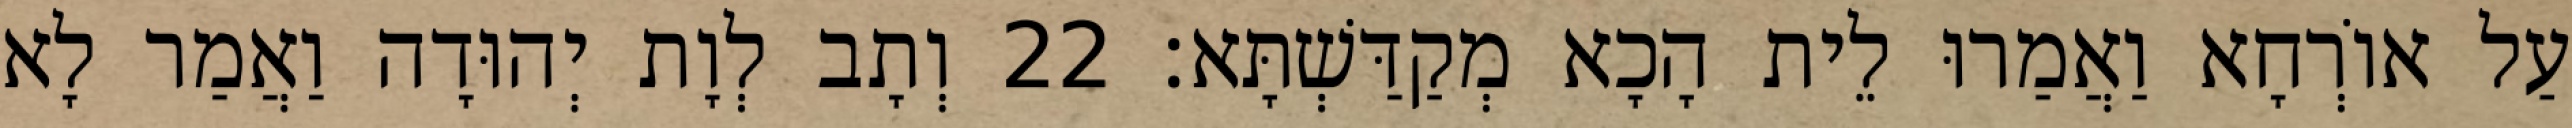
עַל אוֹרְחָא וַאֲמַרוּ לֵית הָכָא מְקַדַּשְׁתָּא׃ 22 וְתָב לְוָת יְהוּדָה וַאֲמַר לָא